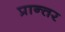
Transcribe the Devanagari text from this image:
प्रान्तर